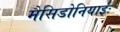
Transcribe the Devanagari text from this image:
मैसिडोनियाईः